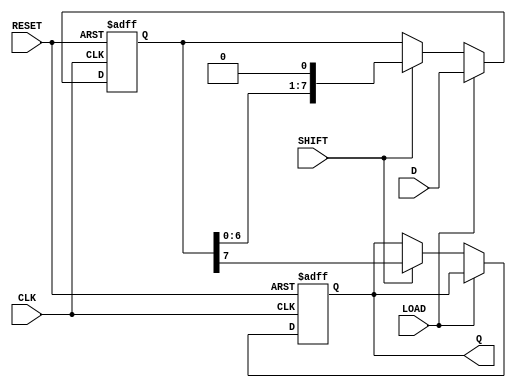
module dynamic_piso_register #(
    parameter WIDTH = 8  // Width of the register (number of parallel input lines)
)(
    input wire [WIDTH-1:0] D,    // Parallel data input
    input wire LOAD,              // Load control signal
    input wire SHIFT,             // Shift control signal
    input wire CLK,               // Clock signal
    input wire RESET,             // Reset signal
    output reg Q                 // Serial output
);

    reg [WIDTH-1:0] shift_reg;    // Shift register to hold the data

    always @(posedge CLK or posedge RESET) begin
        if (RESET) begin
            shift_reg <= {WIDTH{1'b0}}; // Clear the register on reset
            Q <= 1'b0;                  // Clear the output
        end else begin
            if (LOAD) begin
                shift_reg <= D;         // Load data into the shift register
            end else if (SHIFT) begin
                Q <= shift_reg[WIDTH-1]; // Output the MSB
                shift_reg <= {shift_reg[WIDTH-2:0], 1'b0}; // Shift left
            end
        end
    end

endmodule